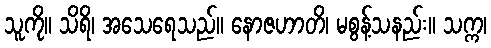
သူကို။ သိရိ၊ အသေရေသည်။ နောဇဟာတိ၊ မစွန့်သနည်း။ သက္က၊